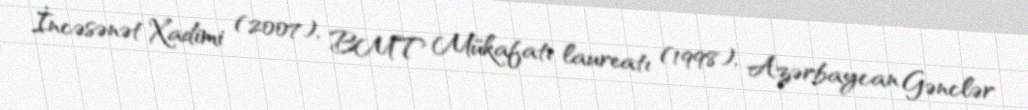
İncəsənət Xadimi (2007), BMT Mükafatı laureatı (1998), Azərbaycan Gənclər